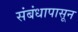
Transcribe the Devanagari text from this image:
संबंधापासून